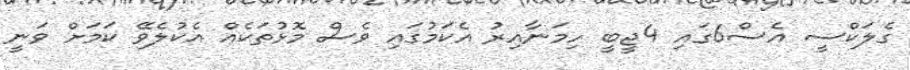
ގެލަކްސީ އެސް6ގައި 4ޖީބީ ހިމަނާއިރު އެކަމުގައި ވެސް މޮޅުތަކެއް އެކުލެވޭ ކަމަށް ވަނީ